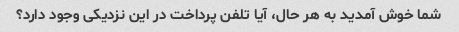
شما خوش آمدید به هر حال، آیا تلفن پرداخت در این نزدیکی وجود دارد؟